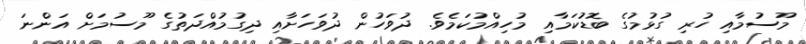
މޫސުމާއި ހުރި ގުޅުމުގެ ބޮޑުކަމާއި މުހިއްމުކަމެވެ. ދުވަހުން ދުވަހަށާއި ދިގުމުއްދަތުގެ މޫސުމަށް އަންނަ